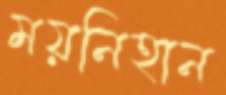
ময়নিহান